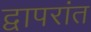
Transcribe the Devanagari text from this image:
द्वापरांत